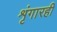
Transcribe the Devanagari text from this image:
शृंगारही